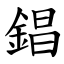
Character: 錩